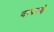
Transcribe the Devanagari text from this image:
वापरचे